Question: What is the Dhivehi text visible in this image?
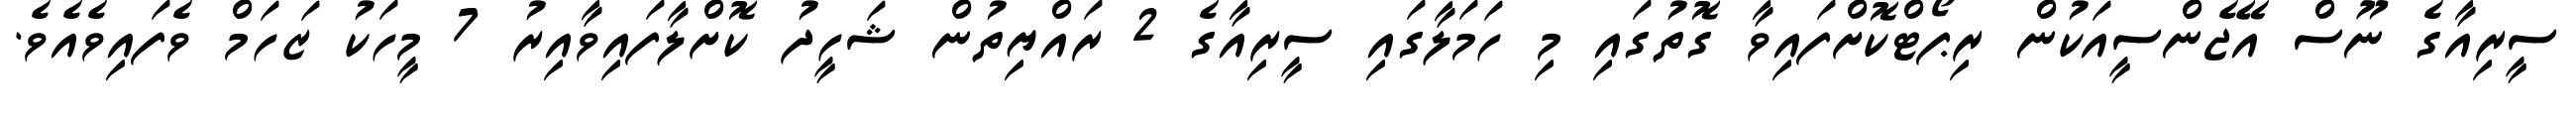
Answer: ސީރިއާގެ ނޫސް އޭޖެންސީއަކުން ރިޕޯޓްކޮށްފައިވާ ގޮތުގައި މި ހަމަލާގައި ސީރިއާގެ 2 ރައްޔިތުން ޝަހީދު ކޮށްލާފައިވާއިރު 7 މީހަކު ޒަހަމް ވެފައިވެއެވެ.